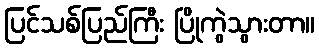
ပြင်သစ်ပြည်ကြီး ပြိုကွဲသွားတာ။